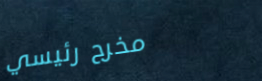
مخرج رئيسي